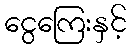
ငွေကြေးနှင့်